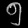
Digit: ၅